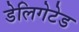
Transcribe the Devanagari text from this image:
डेलिगेटेड